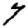
Digit: 7